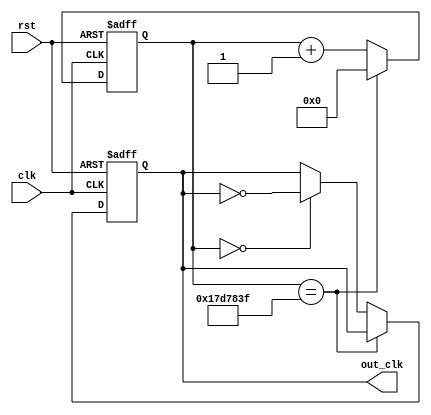
module clk_dll(clk, rst, out_clk);
  input clk, rst;

  output out_clk;

  reg out_clk;
  reg [24:0]cnt_clk;

  always@(posedge clk or negedge rst) 
  begin
    if(!rst)
	 begin
      out_clk = 0;
      cnt_clk = 0;
    end
    
    else
	 begin  
      cnt_clk <= cnt_clk+1;
            
     if(cnt_clk == 24999999)
     // if(cnt_clk == 24)
        cnt_clk <=0;
      else if(cnt_clk==0)
        out_clk = !out_clk;     

    end
    
  end    
endmodule